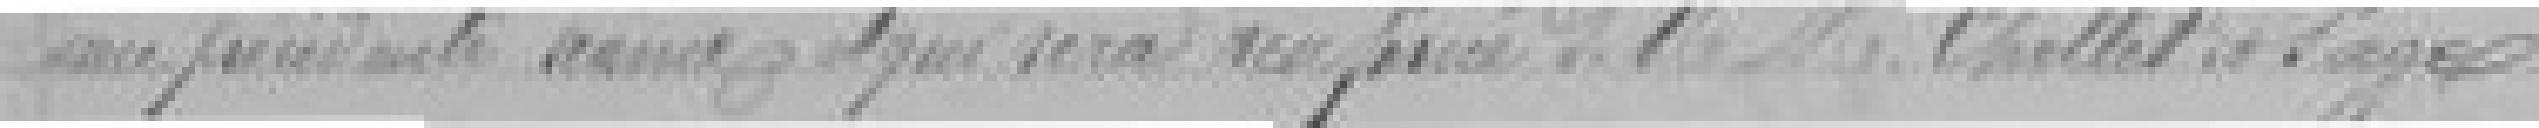
une précédente séance et qui sera renforcée de Messieurs CHOLLET et SAGES